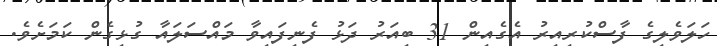
ހަލަވެލިގެ ފާސްކުރިއިރު އެގެއިން 31 ބިއަރު ދަޅު ފެނިފައިވާ މައްސަލައާ ގުޅިގެން ކަމަށެވެ.